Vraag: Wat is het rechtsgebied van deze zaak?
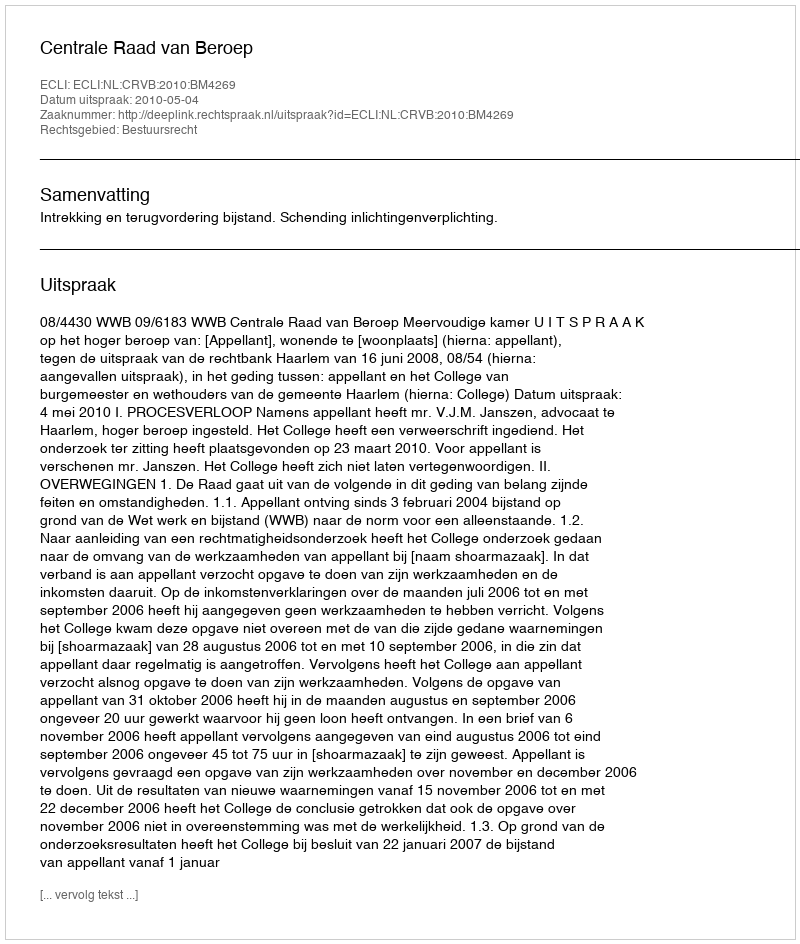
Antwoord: Bestuursrecht